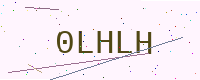
Text: 0LHLH